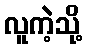
လူကဲ့သို့